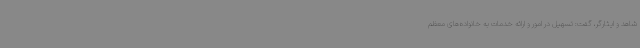
شاهد و ایثارگر، گفت: تسهیل در امور و ارائه خدمات به خانواده‌های معظم